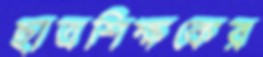
ছাত্রশিক্ষকের